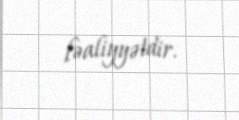
fəaliyyətdir.